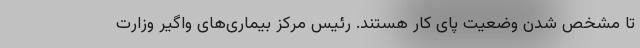
تا مشخص شدن وضعیت پای کار هستند. رئیس مرکز بیماری‌های واگیر وزارت